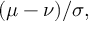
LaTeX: ( \mu - \nu ) / \sigma ,